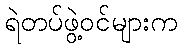
ရဲတပ်ဖွဲ့ဝင်များက